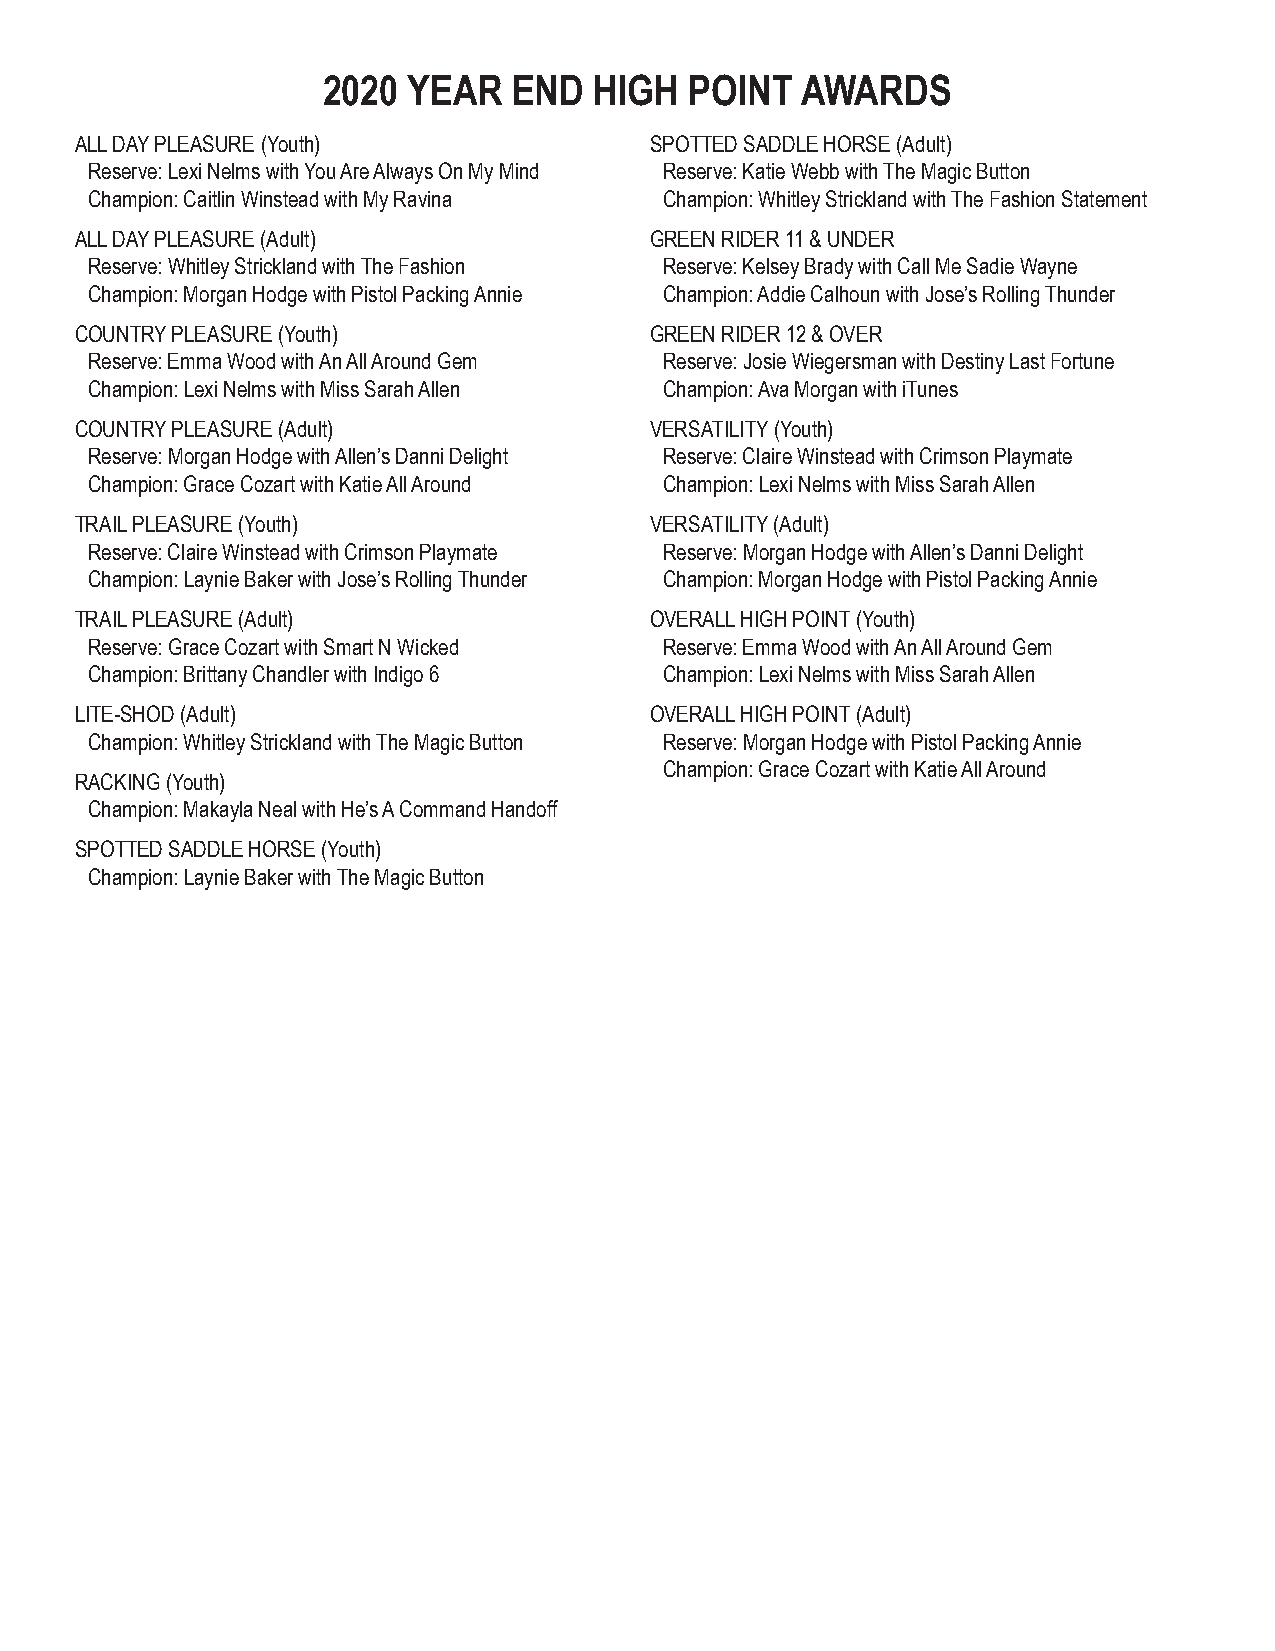
2020  YEAR   END  HIGH   POINT  AWARDS
 ALL DAY PLEASURE (Youth)              SPOTTED SADDLE HORSE (Adult)
 Reserve: Lexi Nelms with You Are Always On My Mind Reserve: Katie Webb with The Magic Button
 Champion: Caitlin Winstead with My Ravina Champion: Whitley Strickland with The Fashion Statement
 ALL DAY PLEASURE (Adult)              GREEN RIDER 11 & UNDER
 Reserve: Whitley Strickland with The Fashion Reserve: Kelsey Brady with Call Me Sadie Wayne
 Champion: Morgan Hodge with Pistol Packing Annie Champion: Addie Calhoun with Jose’s Rolling Thunder
 COUNTRY PLEASURE (Youth)              GREEN RIDER 12 & OVER
 Reserve: Emma Wood with An All Around Gem Reserve: Josie Wiegersman with Destiny Last Fortune
 Champion: Lexi Nelms with Miss Sarah Allen Champion: Ava Morgan with iTunes
 COUNTRY PLEASURE (Adult)              VERSATILITY (Youth)
 Reserve: Morgan Hodge with Allen’s Danni Delight Reserve: Claire Winstead with Crimson Playmate
 Champion: Grace Cozart with Katie All Around Champion: Lexi Nelms with Miss Sarah Allen
 TRAIL PLEASURE (Youth)                VERSATILITY (Adult)
 Reserve: Claire Winstead with Crimson Playmate Reserve: Morgan Hodge with Allen’s Danni Delight
 Champion: Laynie Baker with Jose’s Rolling Thunder Champion: Morgan Hodge with Pistol Packing Annie
 TRAIL PLEASURE (Adult)                OVERALL HIGH POINT (Youth)
 Reserve: Grace Cozart with Smart N Wicked Reserve: Emma Wood with An All Around Gem
 Champion: Brittany Chandler with Indigo 6 Champion: Lexi Nelms with Miss Sarah Allen
 LITE-SHOD (Adult)                     OVERALL HIGH POINT (Adult)
 Champion: Whitley Strickland with The Magic Button Reserve: Morgan Hodge with Pistol Packing Annie
 Champion: Grace Cozart with Katie All Around
 RACKING (Youth)
 Champion: Makayla Neal with He’s A Command Handoff
 SPOTTED SADDLE HORSE (Youth)
 Champion: Laynie Baker with The Magic Button